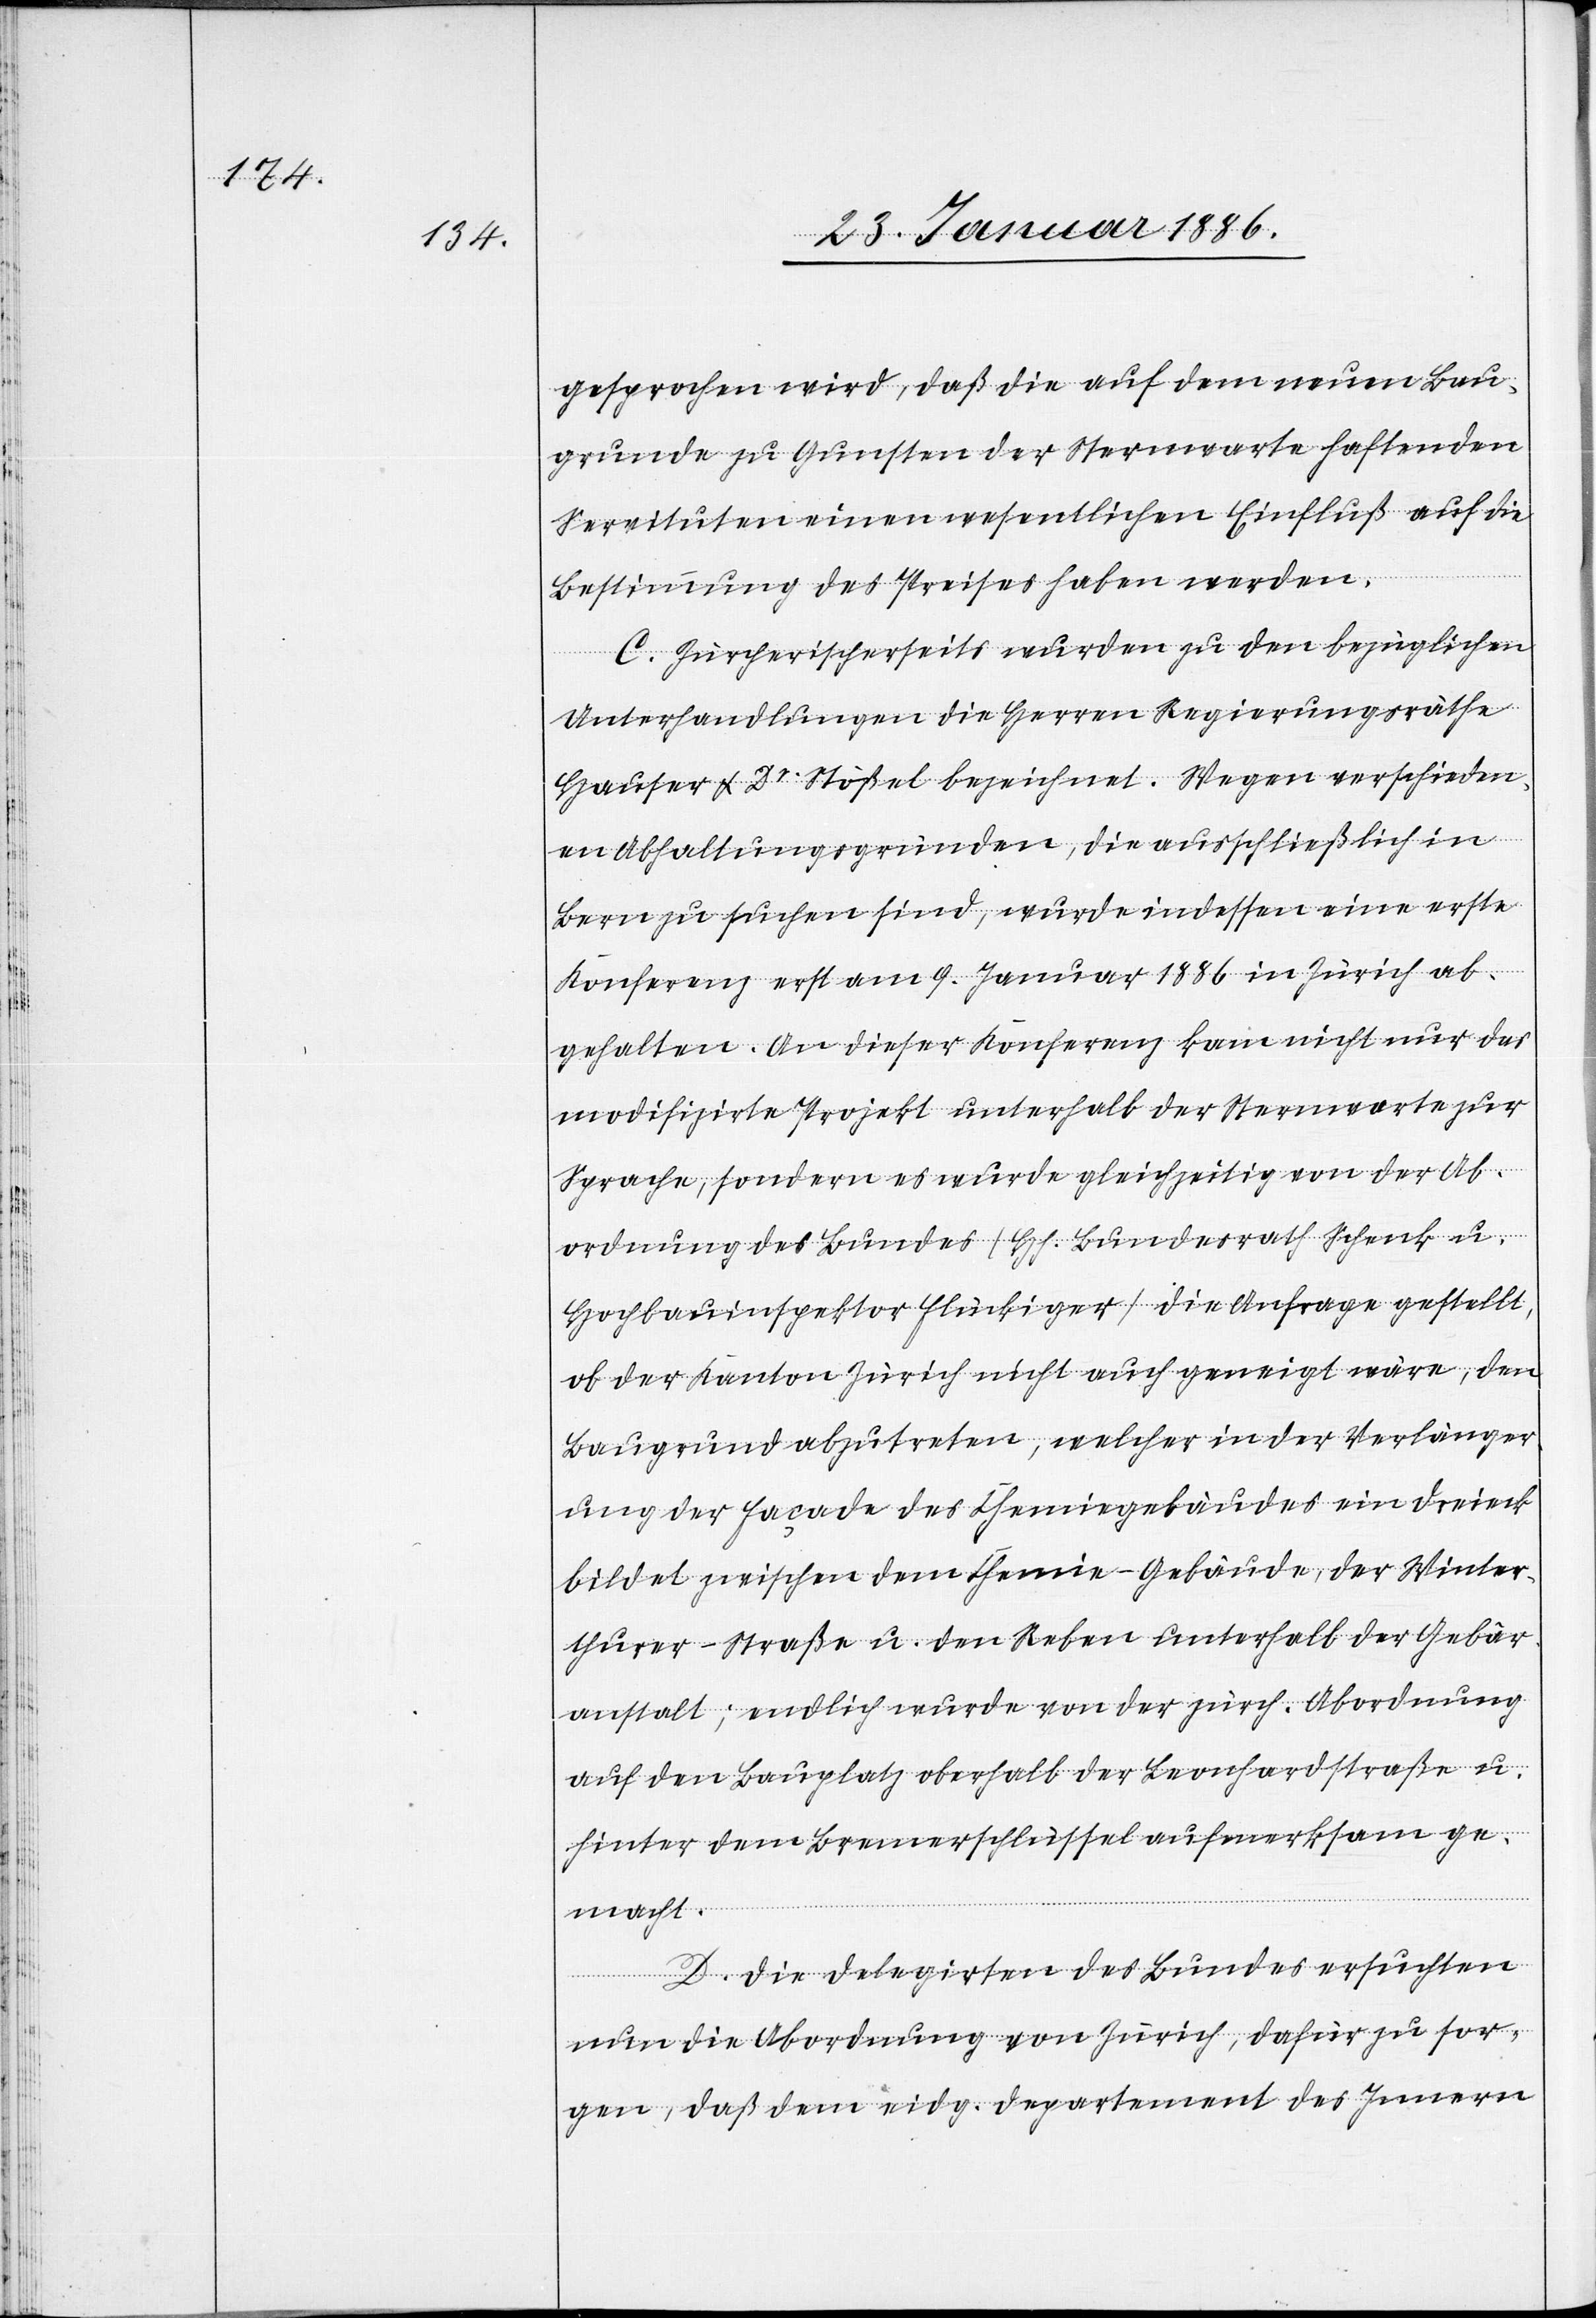
gesprochen wird, daß die auf dem neuen Bau¬
grunde zu Gunsten der Sternwarte haftenden
Servituten einen wesentlichen Einfluß auf die
Bestimmung des Preises haben werden.
C. Zürcherischerseits wurden zu den bezüglichen
Unterhandlungen die Herren Regierungsräthe
Hauser & Dr Stößel bezeichnet. Wegen verschieden¬
en Abhaltungsgründen, die ausschließlich in
Bern zu suchen sind, wurde indessen eine erste
Konferenz erst am 9. Januar 1886 in Zürich ab¬
gehalten. An dieser Konferenz kam nicht nur das
modifizirte Projekt unterhalb der Sternwarte zur
Sprache, sondern wurde gleichzeitig von der Ab¬
ordnung des Bundes (Hh. Bundesrath Schenk u.
Hochbauinspektor Flückiger) die Anfrage gestellt,
ob der Kanton Zürich nicht auch geneigt wäre, den
Baugrund abzutreten, welcher in der Verlänger¬
ung der Façade des Chemiegebäudes ein Dreieck
bildet zwischen dem Chemie-Gebäude, der Winter¬
thurer-Straße u. den Reben unterhalb der Gebär¬
anstalt; endlich wurde von der zürch. Abordnung
auf den Bauplatz oberhalb der Leonhardstraße u.
hinter dem Bremerschlüssel aufmerksam ge¬
macht.
D. Die Delegirten des Bundes ersuchten
nun die Abordnung von Zürich, dafür zu sor¬
gen, daß dem eidg. Departement des Innern